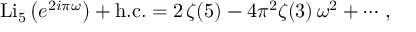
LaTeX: \mathrm { L i } _ { 5 } \left( e ^ { 2 i \pi \omega } \right) + \mathrm { h . c . } = 2 \, \zeta ( 5 ) - 4 \pi ^ { 2 } \zeta ( 3 ) \, \omega ^ { 2 } + \cdots \, ,